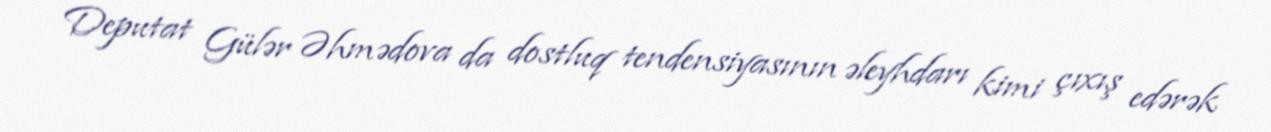
Deputat Gülər Əhmədova da dostluq tendensiyasının əleyhdarı kimi çıxış edərək